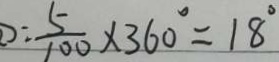
: \frac { 5 } { 1 0 0 } \times 3 6 0 ^ { \circ } = 1 8 ^ { \circ }